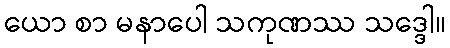
ယော စာ မနာပေါ သကုဏဿ သဒ္ဒေါ။